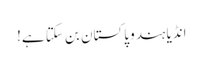
انڈیا ہندو پاکستان بن سکتا ہے!